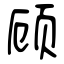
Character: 顾